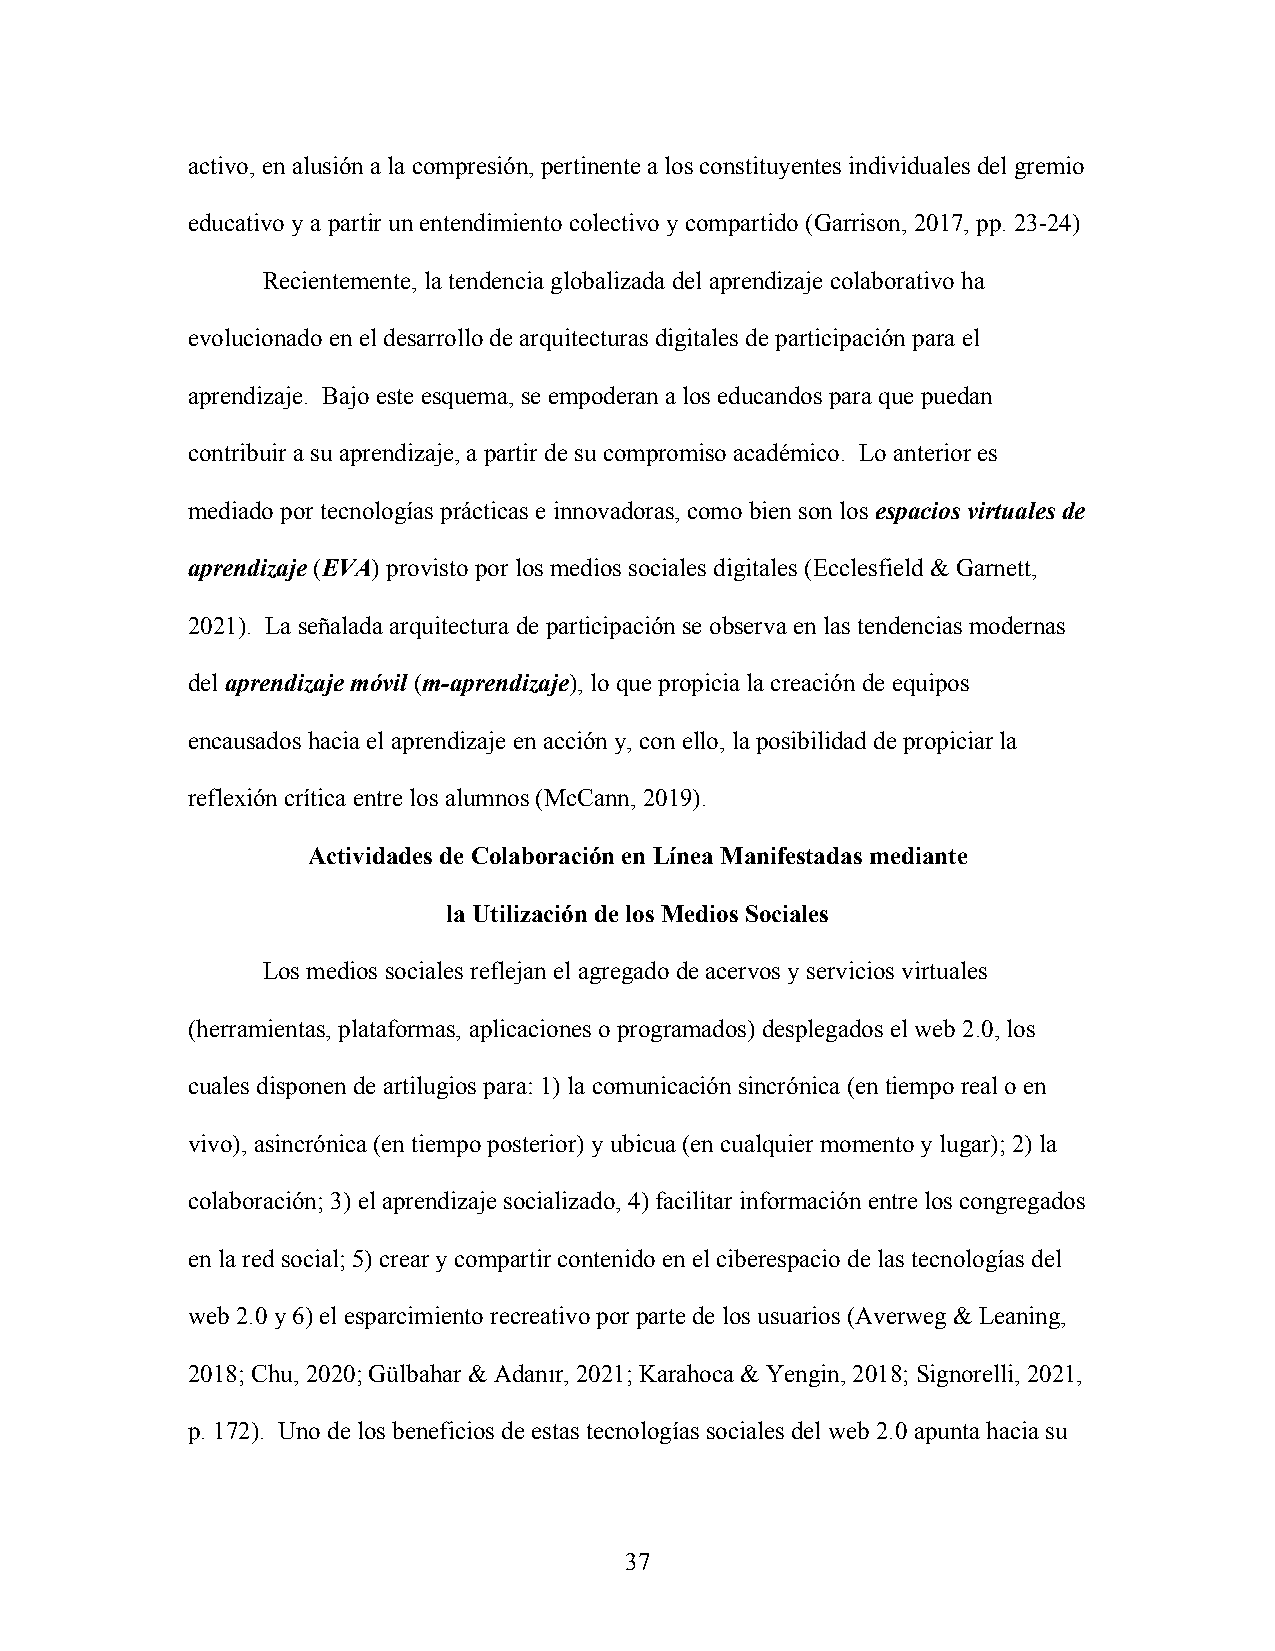
activo, en alusión a la compresión, pertinente a los constituyentes individuales del gremio
 educativo y a partir un entendimiento colectivo y compartido (Garrison, 2017, pp. 23-24)
 Recientemente, la tendencia globalizada del aprendizaje colaborativo ha
 evolucionado en el desarrollo de arquitecturas digitales de participación para el
 aprendizaje. Bajo este esquema, se empoderan a los educandos para que puedan
 contribuir a su aprendizaje, a partir de su compromiso académico. Lo anterior es
 mediado por tecnologías prácticas e innovadoras, como bien son los espacios virtuales de
 aprendizaje (EVA) provisto por los medios sociales digitales (Ecclesfield & Garnett,
 2021). La señalada arquitectura de participación se observa en las tendencias modernas
 del aprendizaje móvil (m-aprendizaje), lo que propicia la creación de equipos
 encausados hacia el aprendizaje en acción y, con ello, la posibilidad de propiciar la
 reflexión crítica entre los alumnos (McCann, 2019).
 Actividades de Colaboración en Línea Manifestadas mediante
 la Utilización de los Medios Sociales
 Los medios sociales reflejan el agregado de acervos y servicios virtuales
 (herramientas, plataformas, aplicaciones o programados) desplegados el web 2.0, los
 cuales disponen de artilugios para: 1) la comunicación sincrónica (en tiempo real o en
 vivo), asincrónica (en tiempo posterior) y ubicua (en cualquier momento y lugar); 2) la
 colaboración; 3) el aprendizaje socializado, 4) facilitar información entre los congregados
 en la red social; 5) crear y compartir contenido en el ciberespacio de las tecnologías del
 web 2.0 y 6) el esparcimiento recreativo por parte de los usuarios (Averweg & Leaning,
 2018; Chu, 2020; Gülbahar & Adanır, 2021; Karahoca & Yengin, 2018; Signorelli, 2021,
 p. 172). Uno de los beneficios de estas tecnologías sociales del web 2.0 apunta hacia su
 37